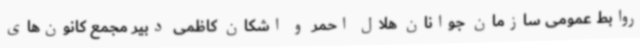
روابط عمومی سازمان جوانان هلال احمر و اشکان کاظمی دبیر مجمع کانون‌های